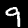
Digit: 9